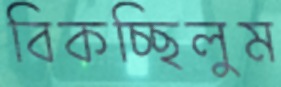
বিকচ্ছিলুম